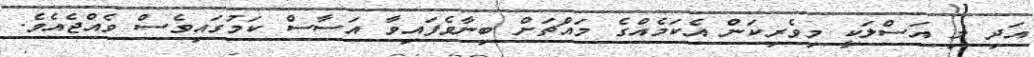
އަދި މި އަސްލަކީ މިވެރިކަން އެކަމެއްގެ މައްޗަށް ބިނާވެފައިވާ އަސާސް ކަމުގައިވެސް ވެއްޖެއެވެ.